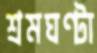
শ্রমঘণ্টা